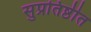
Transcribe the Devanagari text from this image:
सुप्रतिष्ठीत